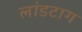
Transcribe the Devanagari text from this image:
लांडटाग